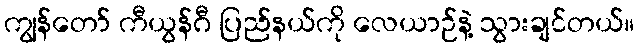
ကျွန်တော် ကီယွန်ဂီ ပြည်နယ်ကို လေယာဉ်နဲ့ သွားချင်တယ်။